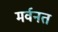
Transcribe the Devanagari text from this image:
मर्वनत